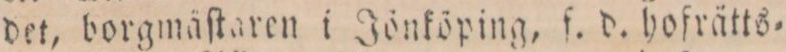
det, borgmäſtaren i Jönköping, f. d. hofrätts=